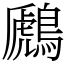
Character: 鷉